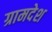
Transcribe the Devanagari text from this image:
ग्रामदेश